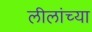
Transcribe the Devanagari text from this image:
लीलांच्या